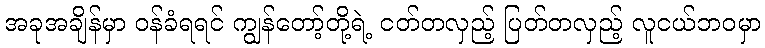
အခုအချိန်မှာ ဝန်ခံရရင် ကျွန်တော့်တို့ရဲ့ ငတ်တလှည့် ပြတ်တလှည့် လူငယ်ဘဝမှာ